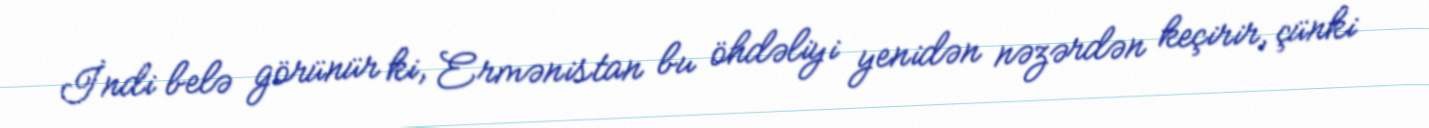
İndi belə görünür ki, Ermənistan bu öhdəliyi yenidən nəzərdən keçirir, çünki